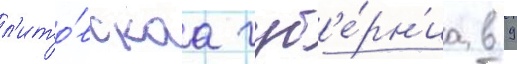
л'ито́вскаа губ'е́рн'иа в 9